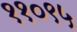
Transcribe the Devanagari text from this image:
११०९५